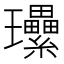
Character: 𤫤